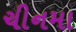
ચીનમા